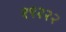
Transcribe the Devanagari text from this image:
१९२२२